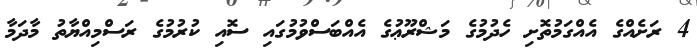
4 ރަށެއްގެ އެއްގަމުތޮށި ހެދުމުގެ މަޝްރޫޢުގެ އެއްބަސްވުމުގައި ސޮއި ކުރުމުގެ ރަސްމިއްޔާތު މާދަމާ